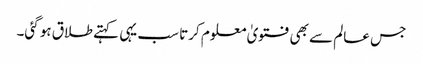
جس عالم سے بھی فتویٰ معلوم کرتا سب یہی کہتے طلاق ہو گئی۔